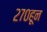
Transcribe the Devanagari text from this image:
२७०हून